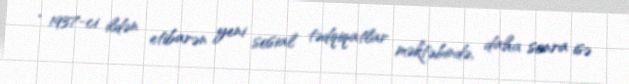
, 1937-ci ildən etibarən yeni sosial tədqiqatlar məktəbində, daha sonra isə